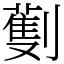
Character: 劐